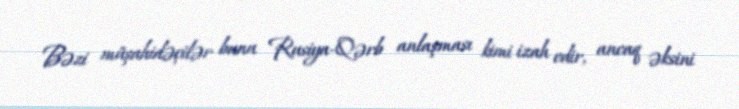
Bəzi müşahidəçilər bunu Rusiya-Qərb anlaşması kimi izah edir, ancaq əksini